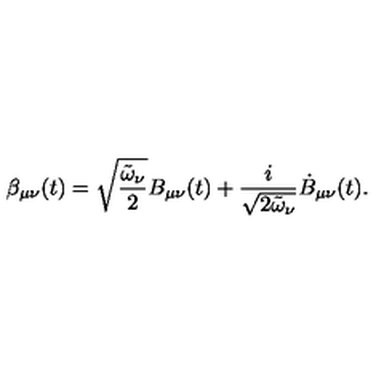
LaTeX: \beta _ { \mu \nu } ( t ) = \sqrt { \frac { \tilde { \omega } _ { \nu } } { 2 } } B _ { \mu \nu } ( t ) + \frac { i } { \sqrt { 2 \tilde { \omega } _ { \nu } } } \dot { B } _ { \mu \nu } ( t ) .